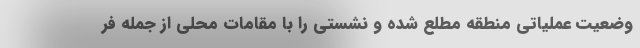
وضعیت عملیاتی منطقه مطلع شده و نشستی را با مقامات محلی از جمله فر